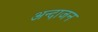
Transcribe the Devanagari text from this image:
अन्दाजन